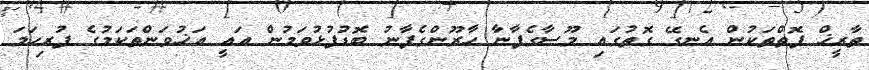
ތާރީޚް ފޮތްތަކުން އެނގޭ ގޮތުގައި މޫސާގެފާނާ ހާރޫންގެފާނު ބޮޑުފުޅުވަމުން އައީ އަޚުވަންތަކަމުގެ ފުރިހަމަ